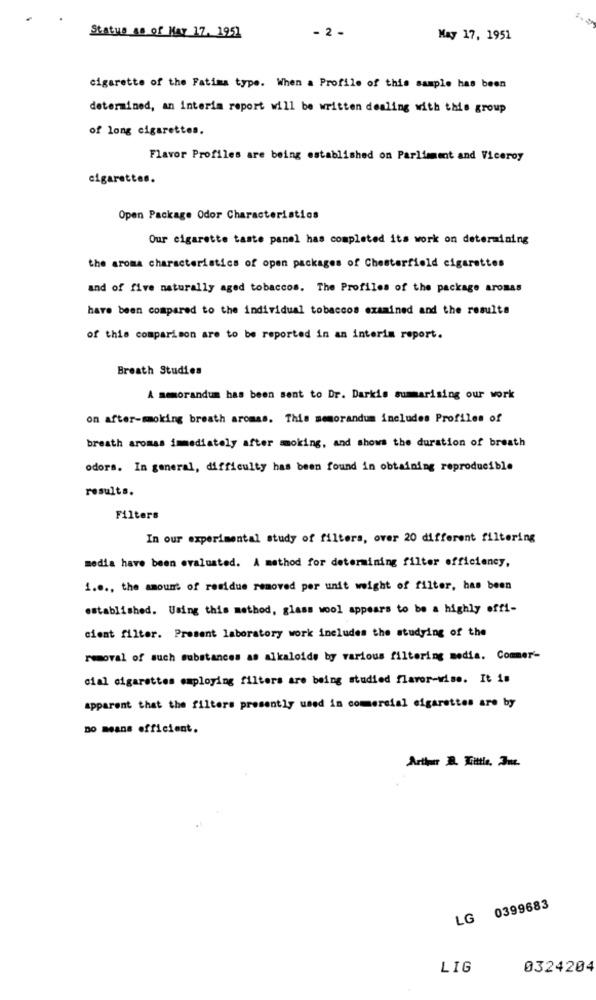
- 2 -
Status as of May 17. 1951
May 17, 1951
cigarette of the Fatima type. When a Profile of this sample has been
determined, an interim report will be written dealing with this group
of long cigarettes.
Flavor Profiles are being established on Parliment and Viceroy
cigarettes.
Open Package Odor Characteristics
Our cigarette taste panel has completed its work on determining
the aroma characteristics of open packages of Chesterfield cigarettes
and of five naturally aged tobaccos. The Profiles of the package aromas
have been compared to the individual tobaccos examined and the results
of this comparison are to be reported in an interim report.
Breath Studies
A memorandum has been sent to Dr. Darkis summarising our work
on after-smoking breath aromas. This memorandum includes Profiles of
breath aromas immediately after smoking, and shows the duration of breath
odors. In general, difficulty has been found in obtaining reproducible
results.
Filters
In our experimental study of filters, over 20 different filtering
media have been evaluated. A method for determining filter efficiency,
1.0 ., the amount of residue removed per unit weight of filter, has been
established. Using this method, glass wool appears to be a highly offi-
cient filter. Prosent laboratory work includes the studying of the
removal of such substances as alkaloids by various filtering media. Commer-
cial cigarettes employing filters are being studied flavor-wise. It is
apparent that the filters presently used in commercial cigarettes are by
no means efficient.
Artiper B. Tittle, 3m.
LG 0399683
LIG
0324204